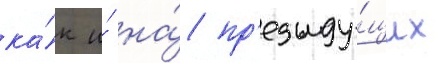
ка́к и́ на́ пр'едыду́щих